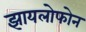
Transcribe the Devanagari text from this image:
झायलोफोन